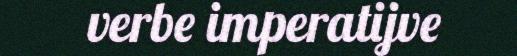
verbe imperatijve